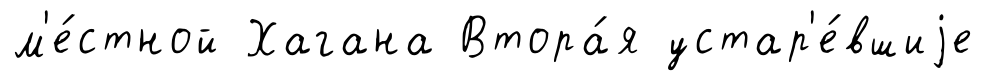
м'е́стной Хагана Втора́я устар'е́вшиjе